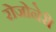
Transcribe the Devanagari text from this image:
रोजोनेरी